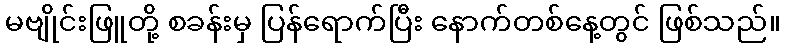
မဗျိုင်းဖြူတို့ စခန်းမှ ပြန်ရောက်ပြီး နောက်တစ်နေ့တွင် ဖြစ်သည်။